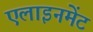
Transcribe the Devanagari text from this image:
एलाइनमेंट